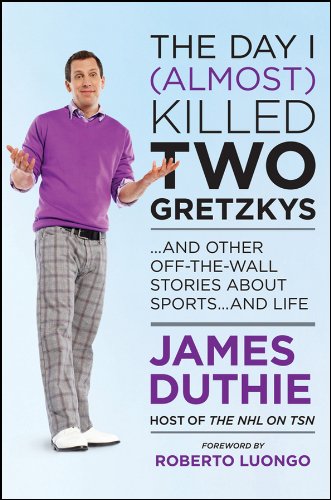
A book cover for The Day I (Almost) Killed Two Gretzkys: ...And Other Off-the-Wall Stories About Sports...and Life; James Duthie; Sports & Outdoors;